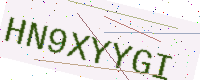
Text: HN9XYYGI